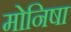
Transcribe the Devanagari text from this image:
मोनिषा